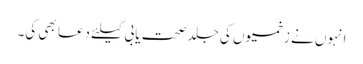
انہوں نے زخمیوں کی جلد صحت یابی کیلئے دعا بھی کی۔